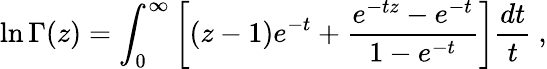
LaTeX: \ln\Gamma(z)=\int_{0}^{\infty}\left[(z-1)e^{-t}+\frac{e^{-tz}-e^{-t}}{1-e^{-t}}\right]\frac{dt}{t}\ ,